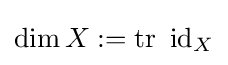
\dim X:=\mathop {\mathrm {tr} } \ \mathrm {id} _{X}